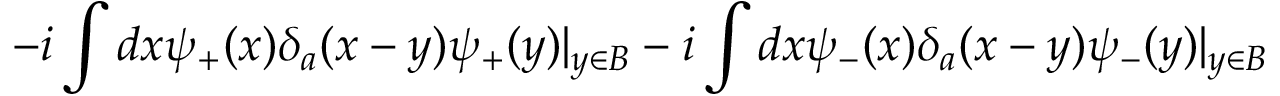
- i \int d x \psi _ { + } ( x ) \delta _ { a } ( x - y ) \psi _ { + } ( y ) | _ { y \in B } - i \int d x \psi _ { - } ( x ) \delta _ { a } ( x - y ) \psi _ { - } ( y ) | _ { y \in B }